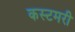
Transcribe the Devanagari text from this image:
कस्टमरी